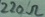
Text: 220Ω